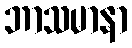
ဘာသမာနာ